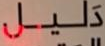
دليل